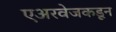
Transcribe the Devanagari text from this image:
एअरवेजकडून